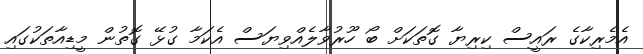
އެމެރިކާގެ ރައީސް ކިރިޔާ ގޮތަކަށް ބޯ ހޫރުވާލެއްވިޔަސް އެކަމާ ގުޅޭ ގޮތުން މީޑިއާތަކުގައި